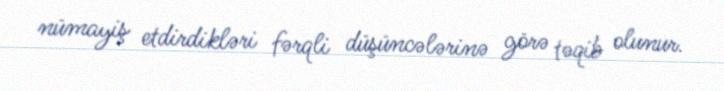
nümayiş etdirdikləri fərqli düşüncələrinə görə təqib olunur.